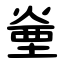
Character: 㷑